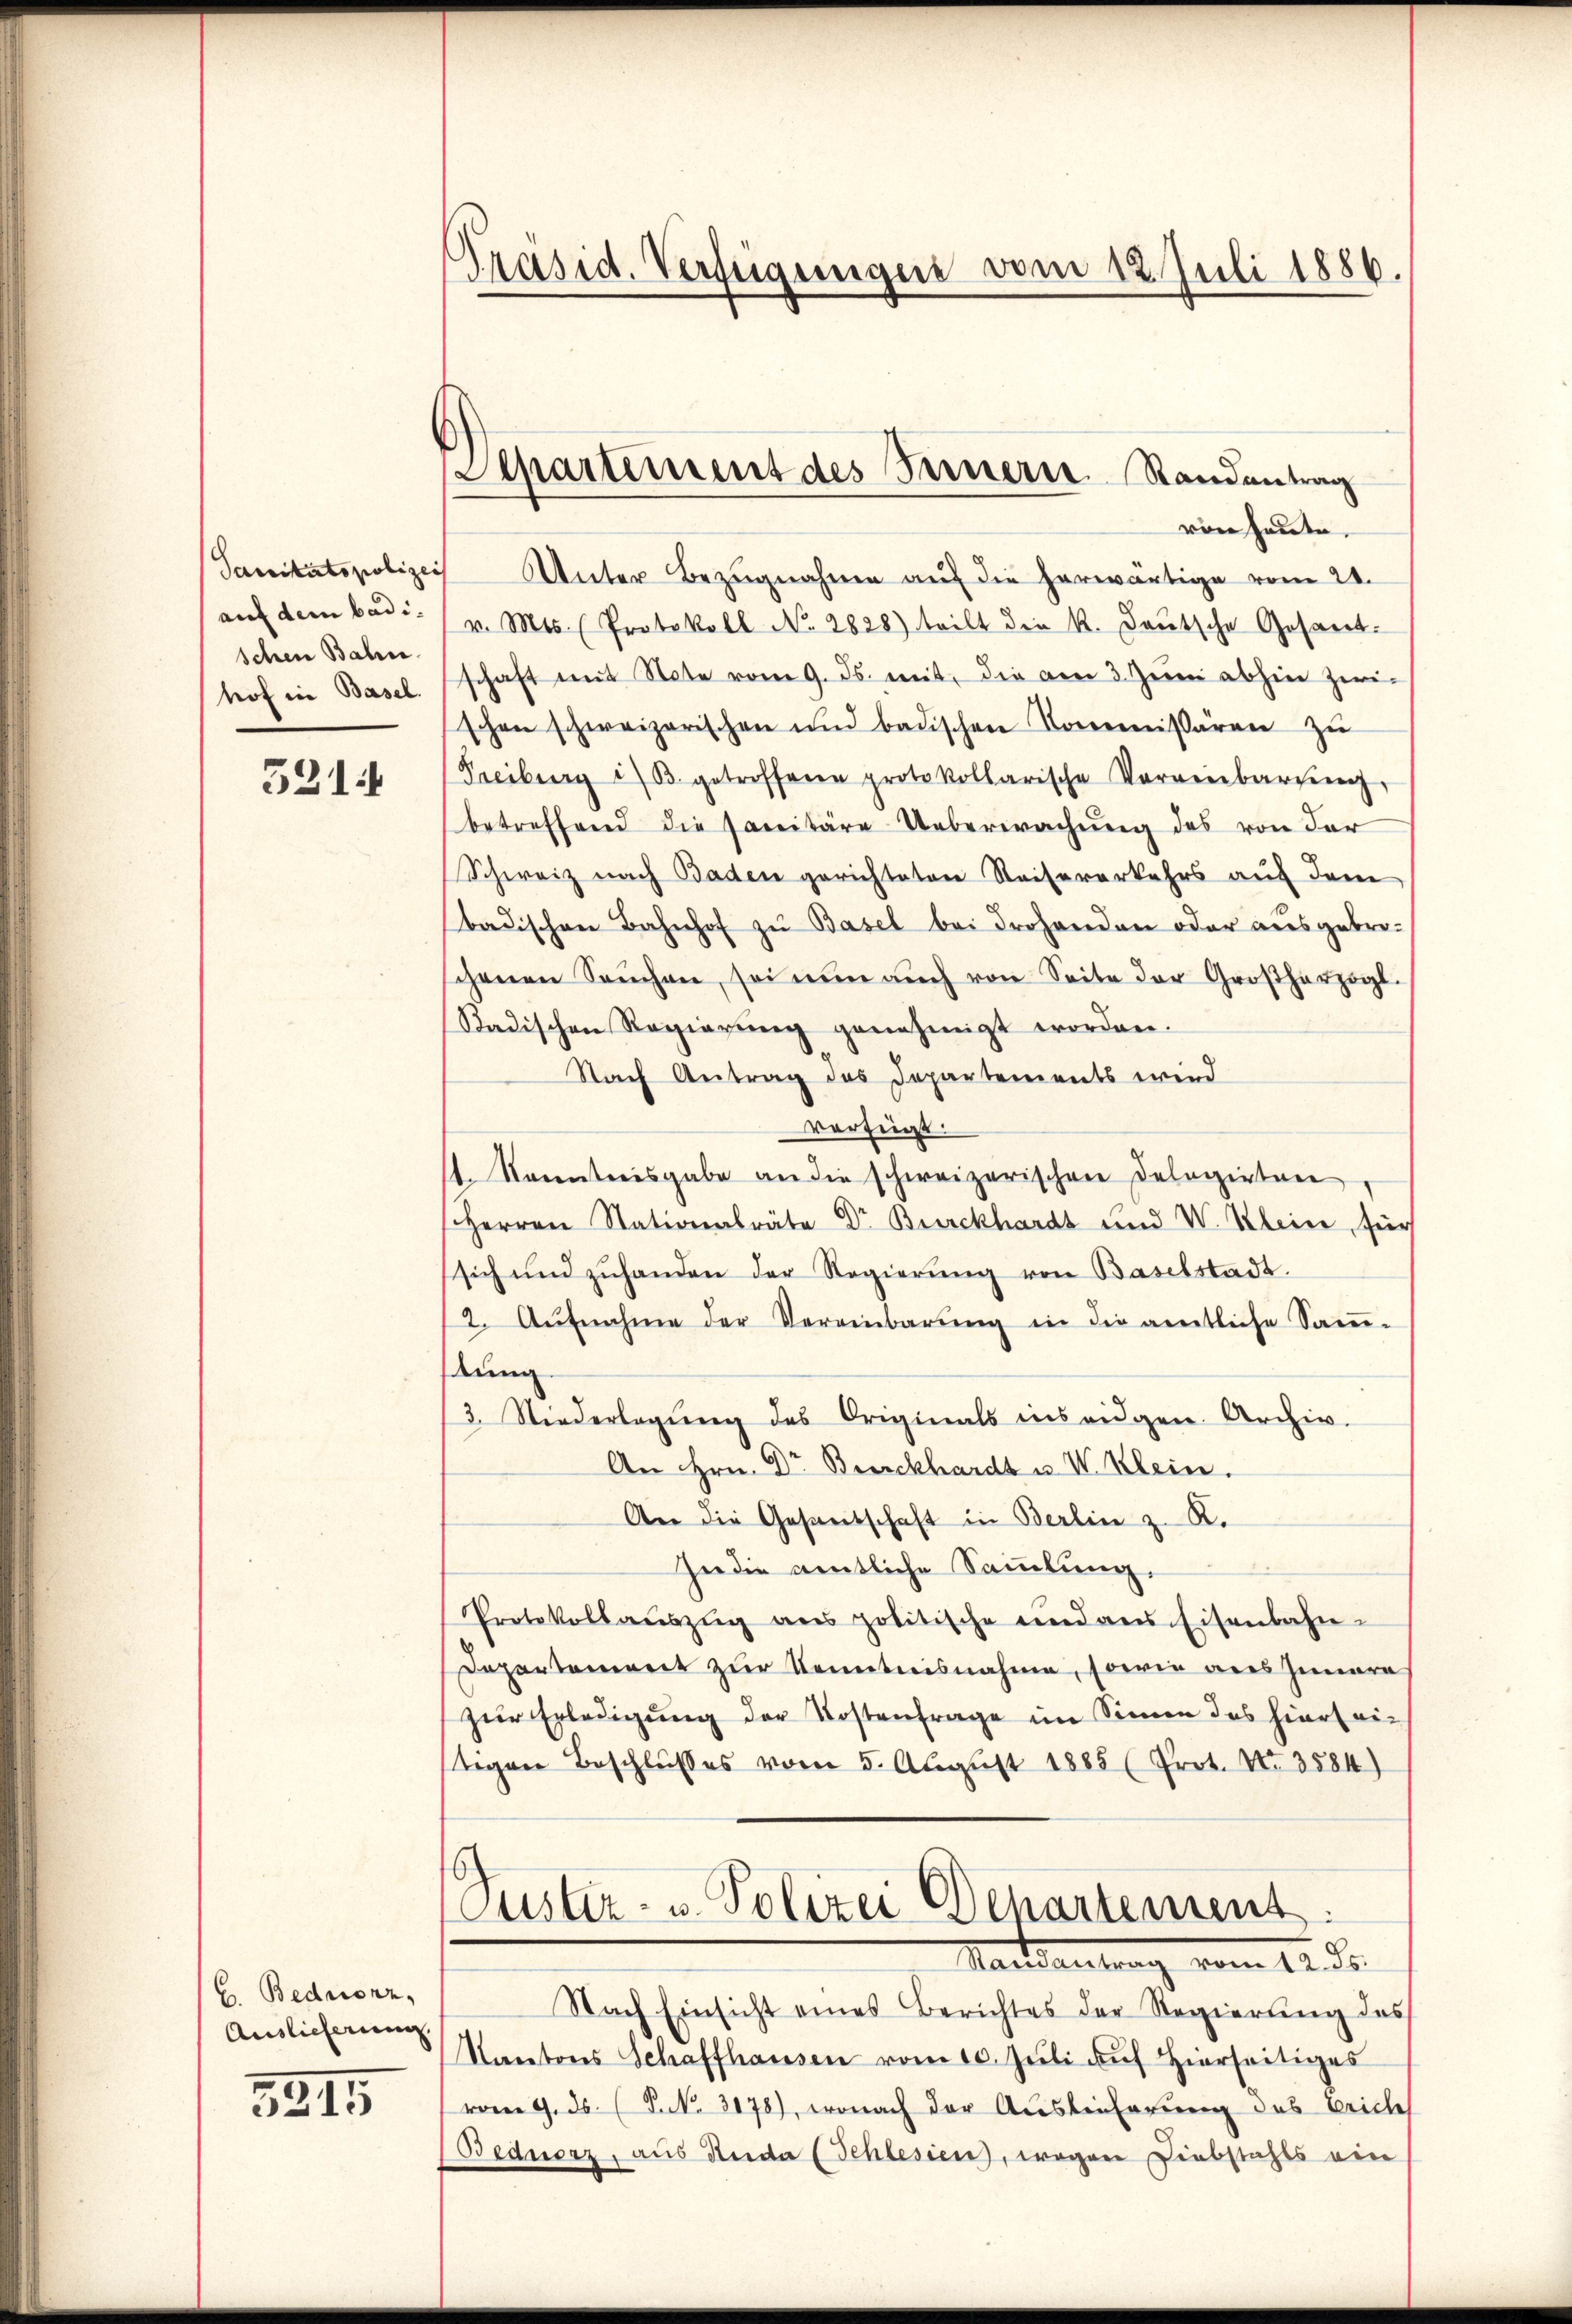
auf dem badischen Bahn

321

C. Bednonz,
Auslieferung.

3915

Präsid. Verfügungen vom 12. Juli 1886.

Aepartement des Innerer. Randantrag

von heute.
Sanitätspolizei Unter Bezŭgnahme auf die herwärtige vom 20.
v. Mts. (Protokoll No 2828) teilt die k. Deutsche Gesandtof in Baselschaft mit Note vom 9. ds. mit, die am 3. Juni abhin zwi-
schen schweizerischen und badischen Kommissären zŭ
Freiburg i/B. getreffene protokollarische Vereinbaren,
betreffend die sanitäre Ueberwachung des von der
Schweiz nach Baden gerichteten Reiseverkehrs auf dem
badischen Bahnhof zu Basel bei drohenden oder ausgebrochenen Saŭchen, sei nŭn aŭch von Seite der Großherzogl.
Radischen Regierŭng genehmigt worden.
Nach Antrag des Departements wird
verfügt:
t. Sonnterisgabe an die schweizerischen Delegirten
Herren Stationalräte Dr. Burckhardt und V. Klein, für
sich und zŭhanden der Regierŭng von Baselstadt.
12. Aŭfnahme der Vereinbarŭng in die amtliche Sam-
tung
3. Niederlegŭng des Originals ins eidgen. Archiv.
An Hrn. Dr Burckhardt u. I. Klein.
An die Gesandschaft in Berlin z. R.
In die amtliche Sammlung,
Protokollaŭszŭg ans politische und ans Eisenbahn-
Departement zur Kenntnisnahme, sowie aus Innere
zŭr Erledigung der Kostenfrage im Sinne des hierseistigen Beschlusses vom 5. August 1885 (Prot. No. 3584)
Suster- u. Polizei Departement.
Mactantrag vom 12. ds.
Nach Einsicht eines Berichtes der Regierung des
Kantons Schaffhausen vom 10. Jŭli auf Hirs
(vom 9. ds. (S. 3178), wonach der Auslieferung des Eriche
Bednerz, aus Stude (Schlesien, wegen Diebstahls ein